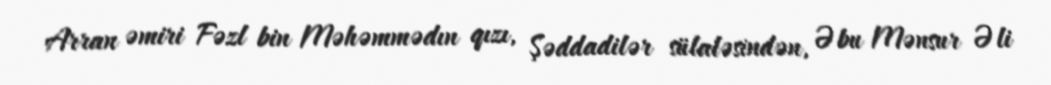
Arran əmiri Fəzl bin Məhəmmədın qızı, Şəddadilər sülaləsindən, Əbu Mənsur Əli